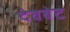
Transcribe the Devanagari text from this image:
देवबेट